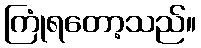
ကြုံရတော့သည်။